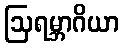
ဩရမ္ဘာဂိယာ